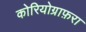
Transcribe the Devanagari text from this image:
कोरियोग्राफ़रा